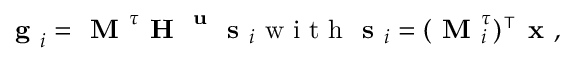
\begin{array} { r } { \textbf { g } _ { i } = \textbf { M } ^ { \boldsymbol { \tau } } \textbf { H } ^ { \textbf { u } } \textbf { s } _ { i } \mathrm { ~ w ~ i ~ t ~ h ~ } \textbf { s } _ { i } = ( \textbf { M } _ { i } ^ { \boldsymbol { \tau } } ) ^ { \intercal } \textbf { x } , } \end{array}